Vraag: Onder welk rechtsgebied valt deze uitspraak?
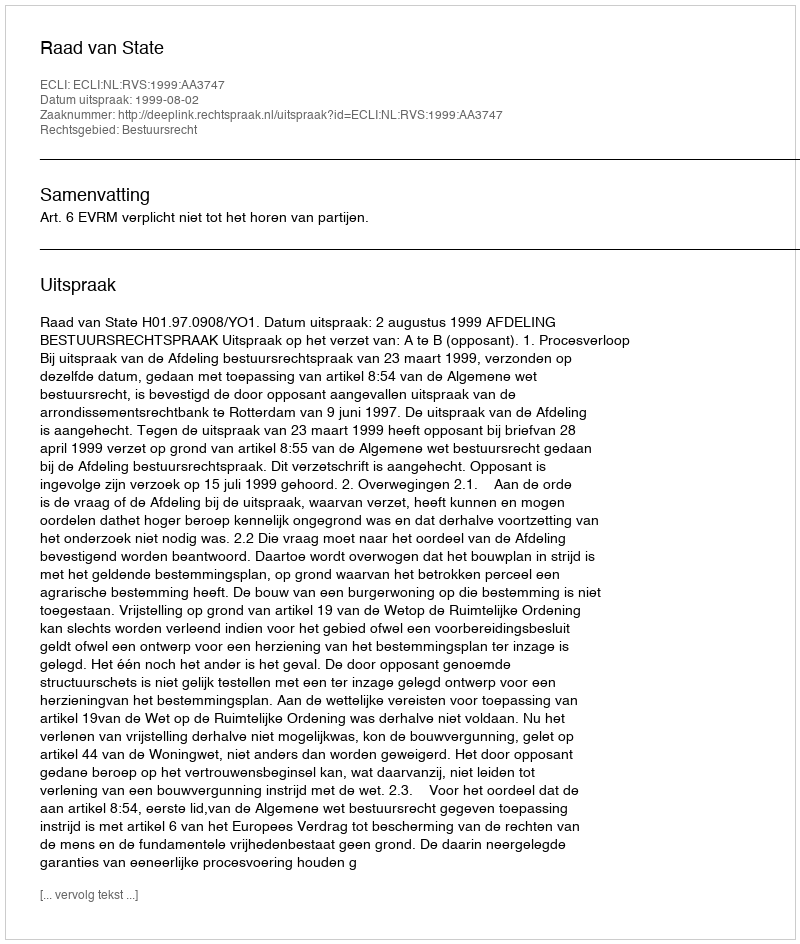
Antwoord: Bestuursrecht